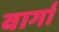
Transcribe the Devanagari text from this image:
वार्गा